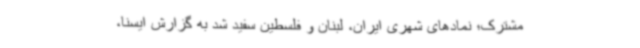
مشترک؛ نمادهای شهری ایران، لبنان و فلسطین سفید شد به گزارش ایسنا،